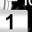
Digit: 1